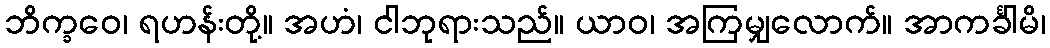
ဘိက္ခဝေ၊ ရဟန်းတို့။ အဟံ၊ ငါဘုရားသည်။ ယာဝ၊ အကြမျှလောက်။ အာကင်္ခါမိ၊